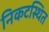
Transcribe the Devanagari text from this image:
निकटस्थित